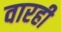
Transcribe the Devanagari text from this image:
वारही